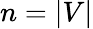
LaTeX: n=|V|